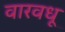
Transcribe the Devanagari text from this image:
वारवधू